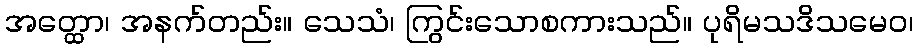
အတ္ထော၊ အနက်တည်း။ သေသံ၊ ကြွင်းသောစကားသည်။ ပုရိမသဒိသမေဝ၊